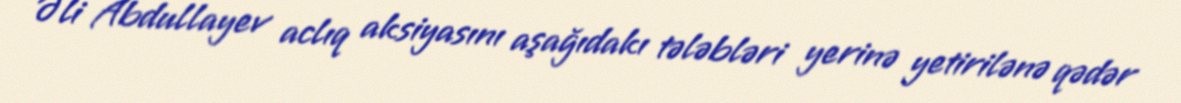
Əli Abdullayev aclıq aksiyasını aşağıdakı tələbləri yerinə yetirilənə qədər